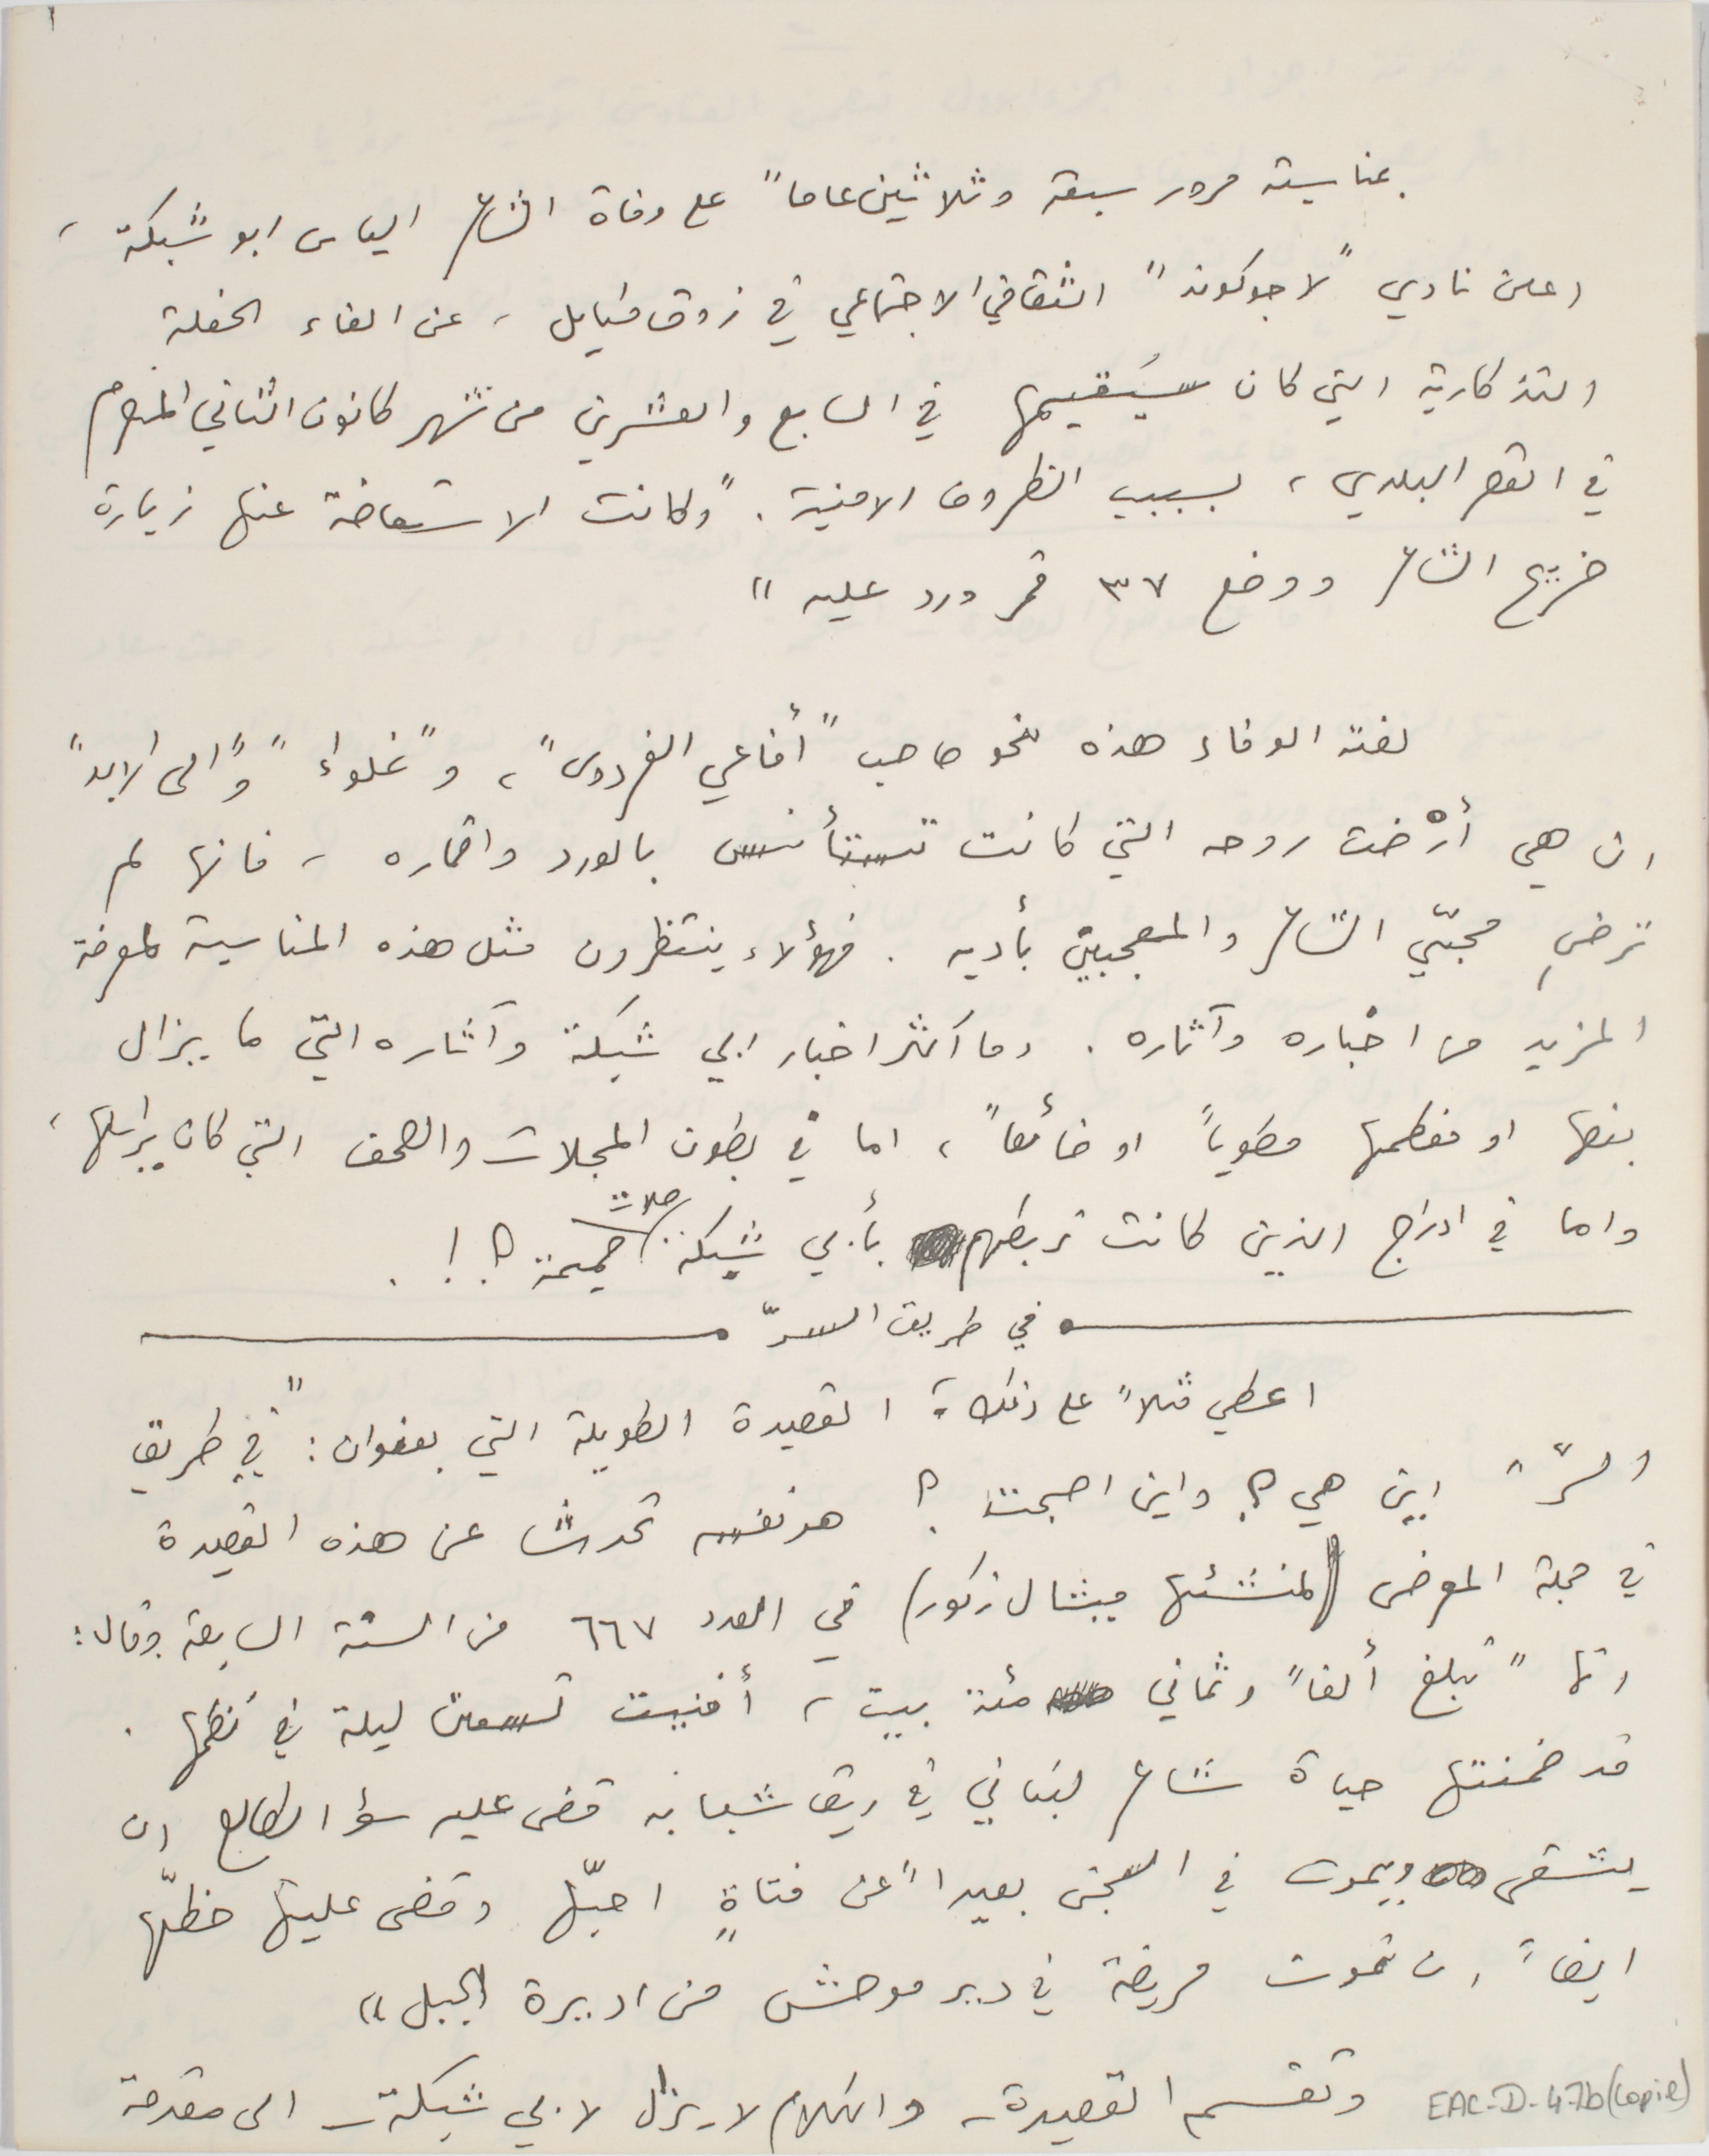
بمناسبة مرور سبعة وثلاثين عاماً على وفاة الشاعر الياس ابو شبكة،
اعلن نادي "لا جوكوند" الثقافي الاجتماعي في زوق مكايل، عن الغاء الحفلة
التذكارية التي كان سَيقيمها في السابع والعشرين من شهر كانون الثاني المنصرم
في القصر البلدي، بسببب الظروف الامنية. "وكانت الاستعاضة عنها زيارة
ضريح الشاعر ووضع ٣٧ قمر ورد عليه"
لفته الوفاء هذه نحو صاحب "أفاعي الفردوس"، و"غلواءً و"الى الابد"
ان هي أرْضت روحه التي كانت تستأنس بالورد واقماره، فانها لم
ترضِ محبّي الشاعر والمعجبين بأدبه. فهؤلاء ينتظرون مثل هذه المناسبة لمعرفة
المزيد من اخباره وآثاره. وما اكثر اخبار ابي شبكة وآثاره التي ما يزال
بعضها او معظمها مطوياً او ضائعاً، اما في بطون المجلات والصحف التي كان يراسلها،
واما في ادراج الذين كانت تربطهم بأبي شبكة صلات حميمة ؟ ! .
في طريق السرّ
 اعطي مثلاً على ذلك ؛ القصيدة الطويلة التي بعنوان: " في طريق
السرّ" اين هي ؟ واين اصبحت ؟ هو نفسه تحدث عن هذه القصيدة
في مجلة المعرض (لمنشئها ميشال زكور) في العدد ٦٦٧ من السنة السابعة وقال :
أنما "تبلغ ألفاً وثماني مئة بيت، أفنيت تسعىن ليلة في نظمها.
قد ضمنتها حياة شاعر لبناني في ريق شبابه قضى عليه سؤ الطالع ان
يشقى ويموت في السجن بعيداً عن فتاةٍ احبّها وقضى عليها حظّها
ايضاً ان تموت مريضة في دير موحش من اديرة الجبل"
وتقسم القصيدة - والكلام لا يزال لابي شبكة - الى مقدمة
EAC-D-47b (copie)
١